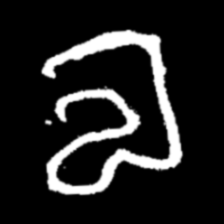
Pyu character \u2014 Myanmar letter: လ (romanized: la)